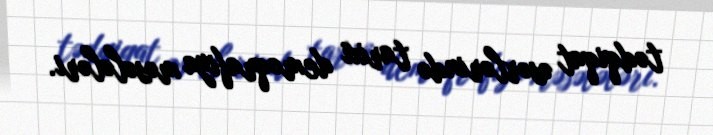
tədqiqat əsərlərində tarixi demoqrafiya məsələləri.